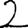
Digit: 2